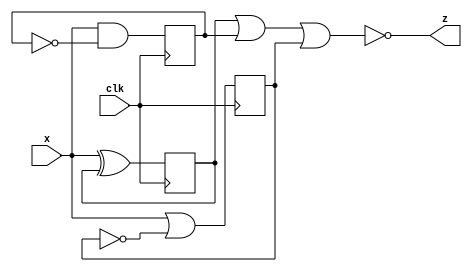
// my first fsm! 

module top_module (
    input clk,
    input x,
    output z
); 
    reg Q1 = 0;
    reg Q2 = 0;
    reg Q3 = 0;
    
    wire D1, D2, D3;
    
    assign D1 = x ^ Q1;
    assign D2 = x & ~Q2;
    assign D3 = x | ~Q3;
    
    always @(posedge clk) begin
        Q1 <= D1;
    	Q2 <= D2;
    	Q3 <= D3;
    end 
    
    assign z = ~(Q1 | Q2 | Q3);

endmodule